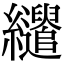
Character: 𦇶